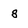
Character: 8